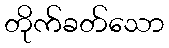
တိုက်ခတ်သော